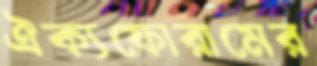
ঐক্যফোরামের